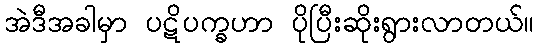
အဲဒီအခါမှာ ပဋိပက္ခဟာ ပိုပြီးဆိုးရွားလာတယ်။